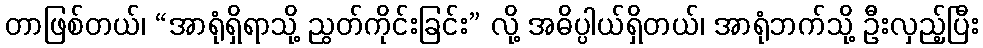
တာဖြစ်တယ်၊ “အာရုံရှိရာသို့ ညွတ်ကိုင်းခြင်း” လို့ အဓိပ္ပါယ်ရှိတယ်၊ အာရုံဘက်သို့ ဦးလှည့်ပြီး